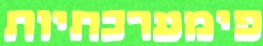
פימערכתיות